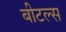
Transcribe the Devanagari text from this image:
बीटल्‍स